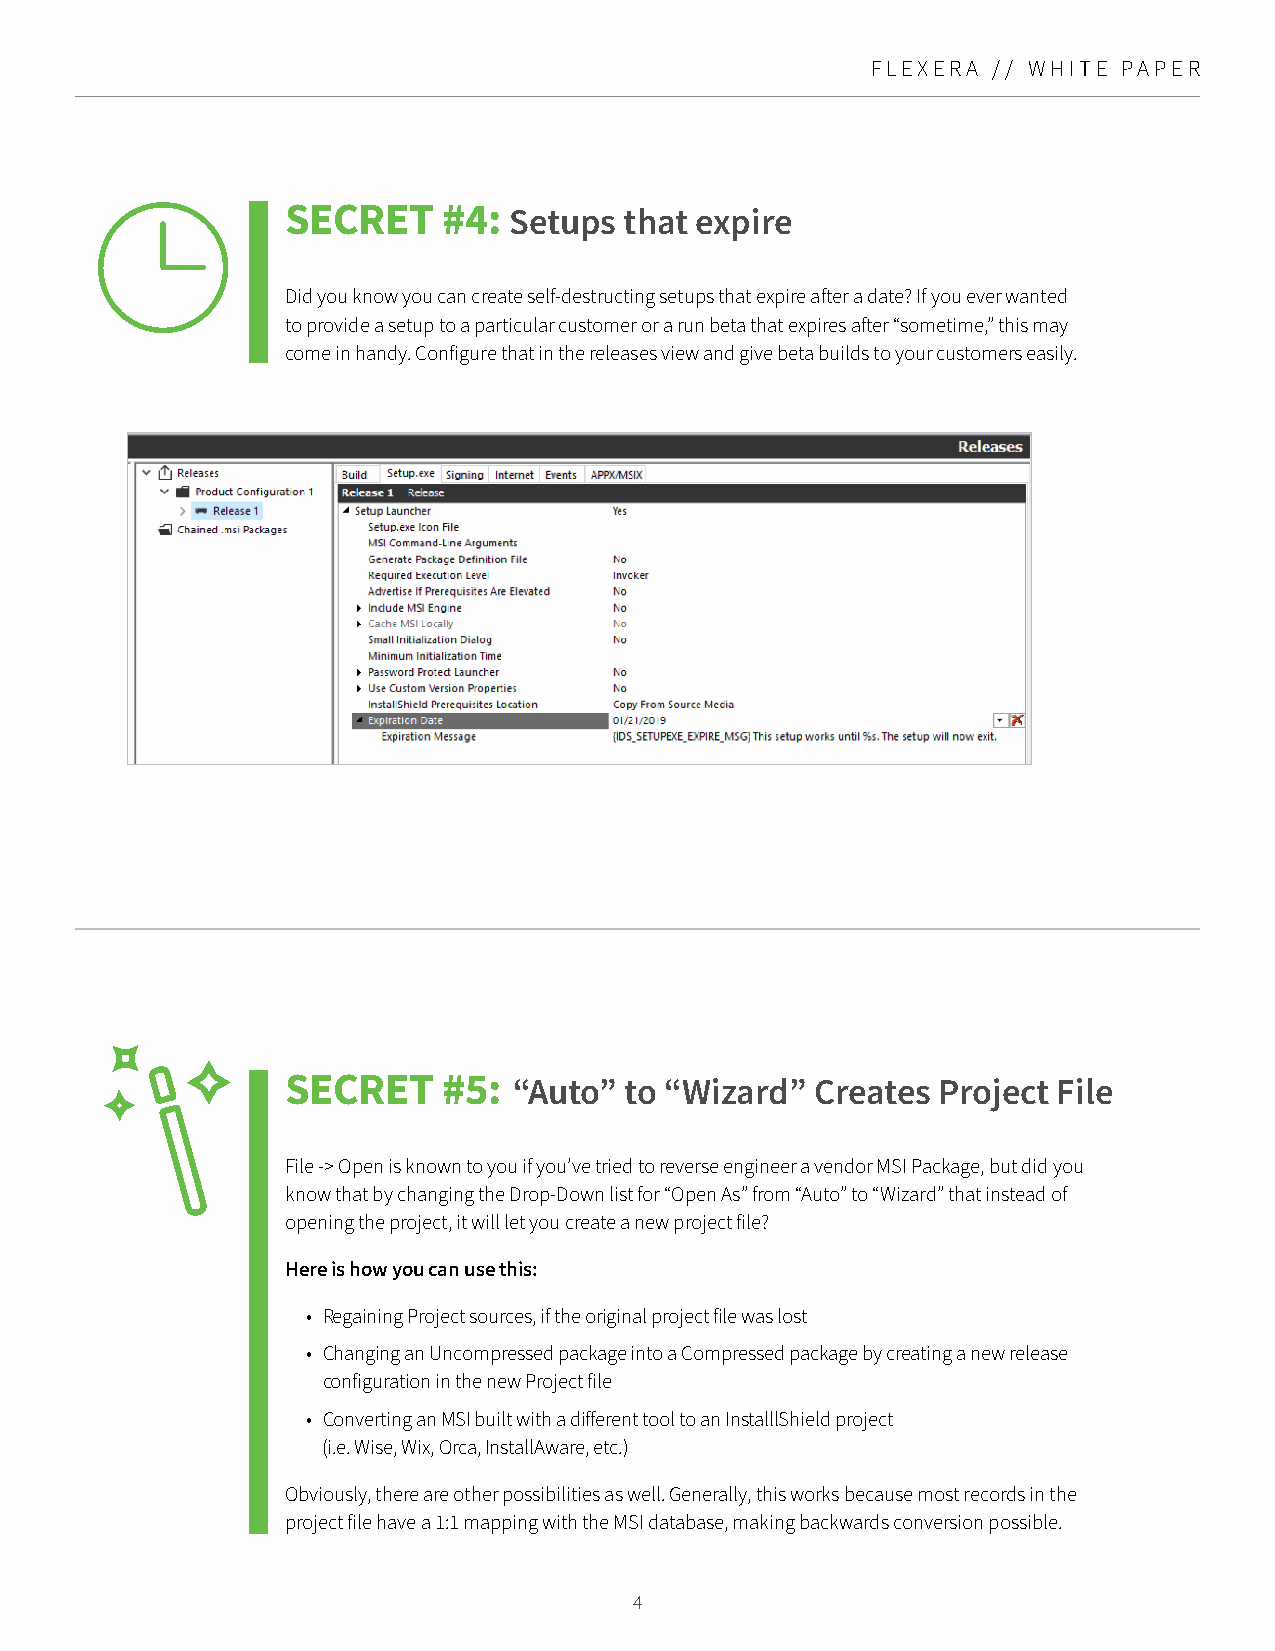
FLEXERA // WHITE PAPER
 SECRET    #4:
 Setups that expire
 Did you know you can create self-destructing setups that expire after a date? If you ever wanted
 to provide a setup to a particular customer or a run beta that expires after “sometime,” this may
 come in handy. Configure that in the releases view and give beta builds to your customers easily.
 SECRET    #5:
 “Auto” to “Wizard”  Creates Project File
 File -> Open is known to you if you’ve tried to reverse engineer a vendor MSI Package, but did you
 know that by changing the Drop-Down list for “Open As” from “Auto” to “Wizard” that instead of
 opening the project, it will let you create a new project file?
 Here is how you can use this:
 • Regaining Project sources, if the original project file was lost
 • Changing an Uncompressed package into a Compressed package by creating a new release
 configuration in the new Project file
 • Converting an MSI built with a different tool to an InstalllShield project
 (i.e. Wise, Wix, Orca, InstallAware, etc.)
 Obviously, there are other possibilities as well. Generally, this works because most records in the
 project file have a 1:1 mapping with the MSI database, making backwards conversion possible.
 4